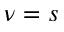
\nu = s